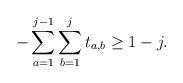
LaTeX: \begin{align*}- \sum_{a=1}^{j-1}\sum_{b=1}^{j} t_{a,b} \geq 1 - j.\end{align*}